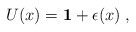
\begin{align*}U(x)={\bf 1} + \epsilon (x)\;,\end{align*}